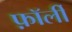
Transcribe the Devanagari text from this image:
फ़ॉर्ली